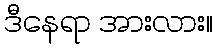
ဒီနေရာ အားလား။